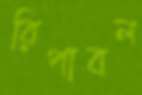
রিপাবল